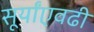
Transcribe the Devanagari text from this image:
सूर्यांएवढी